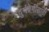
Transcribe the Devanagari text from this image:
दुर्गप्रेमींसाठी